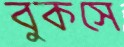
বুকসে